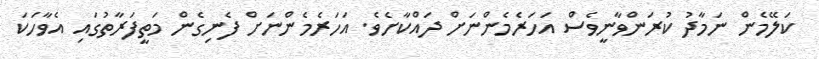
ކަލޭމެން ނަމާދު ކުރަންވާނީވެސް އަހަރެމެންނަށް ދައްކާށެވެ. އަހަރެމެންނަށް ފެނިގެން މަތީފަރާތުގައި އެވާހަކަ